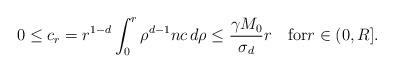
LaTeX: \begin{align*}0\le c_{r}=r^{1-d}\int_{0}^{r}\rho^{d-1}nc\,d\rho \le \frac{\gamma M_{0} }{\sigma_{d}}r\quad\mbox{for}r\in(0,R].\end{align*}